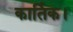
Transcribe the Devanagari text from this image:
कार्तिक।